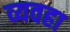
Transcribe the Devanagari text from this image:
व्यवहा